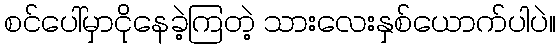
စင်ပေါ်မှာငိုနေခဲ့ကြတဲ့ သားလေးနှစ်ယောက်ပါပဲ။